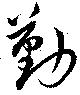
勤